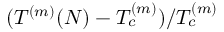
( T ^ { ( m ) } ( N ) - T _ { c } ^ { ( m ) } ) / T _ { c } ^ { ( m ) }